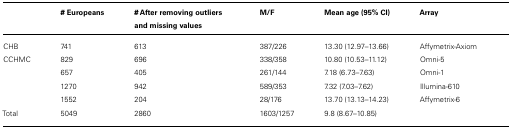
<table><thead><tr><td></td><td><b># Europeans</b></td><td><b># After removing outliers and missing values</b></td><td><b>M/F</b></td><td><b>Mean age (95% CI)</b></td><td><b>Array</b></td></tr></thead><tbody><tr><td>CHB</td><td>741</td><td>613</td><td>387/226</td><td>13.30 (12.97–13.66)</td><td>Affymetrix-Axiom</td></tr><tr><td>CCHMC</td><td>829</td><td>696</td><td>338/358</td><td>10.80 (10.53–11.12)</td><td>Omni-5</td></tr><tr><td></td><td>657</td><td>405</td><td>261/144</td><td>7.18 (6.73–7.63)</td><td>Omni-1</td></tr><tr><td></td><td>1270</td><td>942</td><td>589/353</td><td>7.32 (7.03–7.62)</td><td>Illumina-610</td></tr><tr><td></td><td>1552</td><td>204</td><td>28/176</td><td>13.70 (13.13–14.23)</td><td>Affymetrix-6</td></tr><tr><td>Total</td><td>5049</td><td>2860</td><td>1603/1257</td><td>9.8 (8.67–10.85)</td><td></td></tr></tbody></table>